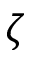
\zeta